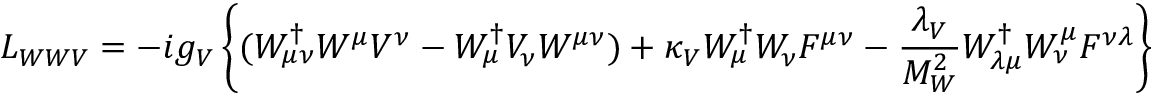
{ \cal L } _ { W W V } = - i g _ { V } \left\{ { ( W _ { \mu \nu } ^ { \dagger } W ^ { \mu } V ^ { \nu } - W _ { \mu } ^ { \dagger } V _ { \nu } W ^ { \mu \nu } ) + \kappa _ { V } W _ { \mu } ^ { \dagger } W _ { \nu } F ^ { \mu \nu } - { \frac { \lambda _ { V } } { M _ { W } ^ { 2 } } } W _ { \lambda \mu } ^ { \dagger } W _ { \nu } ^ { \mu } F ^ { \nu \lambda } } \right\}